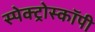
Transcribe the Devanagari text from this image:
स्पेक्ट्रोस्कॉपी